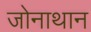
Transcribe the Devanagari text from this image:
जोनाथान